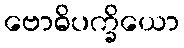
ဗောဓိပက္ခိယော